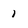
Character: 1